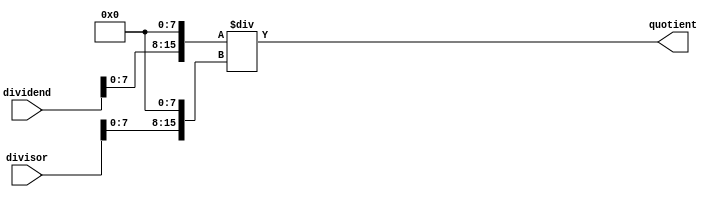
module fixed_point_divider (
    input [15:0] dividend,
    input [15:0] divisor,
    output reg [15:0] quotient
);

reg [15:0] scaled_dividend;
reg [15:0] scaled_divisor;

// Scale the inputs to align the fractional part
always @(dividend, divisor) begin
    scaled_dividend = dividend << 8; // Shifting left by 8 bits to align the fractional part
    scaled_divisor = divisor << 8; // Shifting left by 8 bits to align the fractional part
end

// Divide the scaled inputs
always @(scaled_dividend, scaled_divisor) begin
    quotient = scaled_dividend / scaled_divisor;
end

endmodule